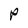
Character: P